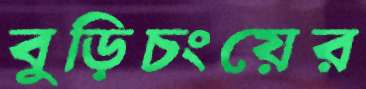
বুড়িচংয়ের